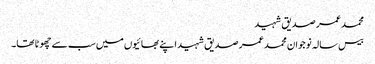
محمد عمر صدیق شہید
بیس سالہ نوجوان محمد عمر صدیق شہید اپنے بھائیوں میں سب سے چھوٹا تھا۔